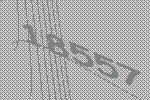
18557